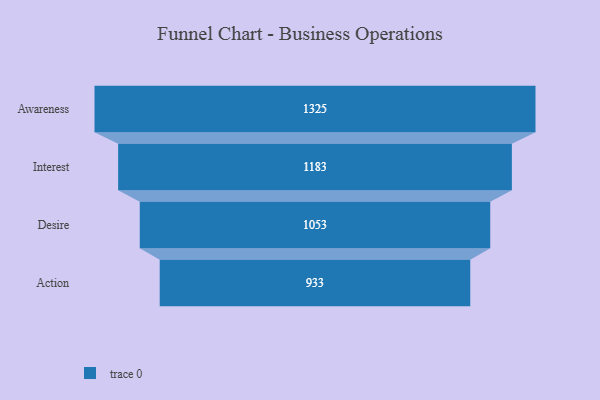
{"axis": {"x": "Stage", "y": "Value"}, "legend": [""], "data": [{"x": "Awareness", "y": 1325.0, "type": ""}, {"x": "Interest", "y": 1183.0, "type": ""}, {"x": "Desire", "y": 1053.0, "type": ""}, {"x": "Action", "y": 933.0, "type": ""}]}